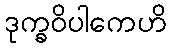
ဒုက္ခဝိပါကေဟိ